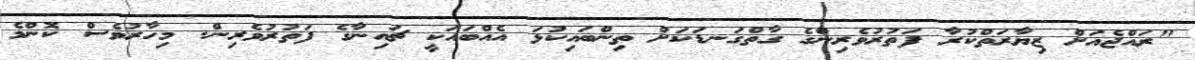
"ރައްޖެއަށް ޒިޔާރަތްކުރާ ފަތުރުވެރިންގެ ގާތްގަނޑަކަށް ތިންބައިކުޅަ އެއްބައަކީ ޗައިނާގެ ފަތުރުުވެރިން. މިހާރުވެސް ކޮންމެ